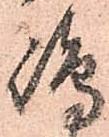
嶋